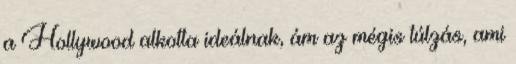
a Hollywood alkotta ideálnak, ám az mégis túlzás, ami